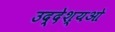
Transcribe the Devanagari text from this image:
उद्देश्यओ